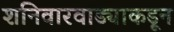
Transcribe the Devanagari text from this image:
शनिवारवाड्याकडून